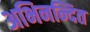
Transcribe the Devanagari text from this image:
अभिनन्दित